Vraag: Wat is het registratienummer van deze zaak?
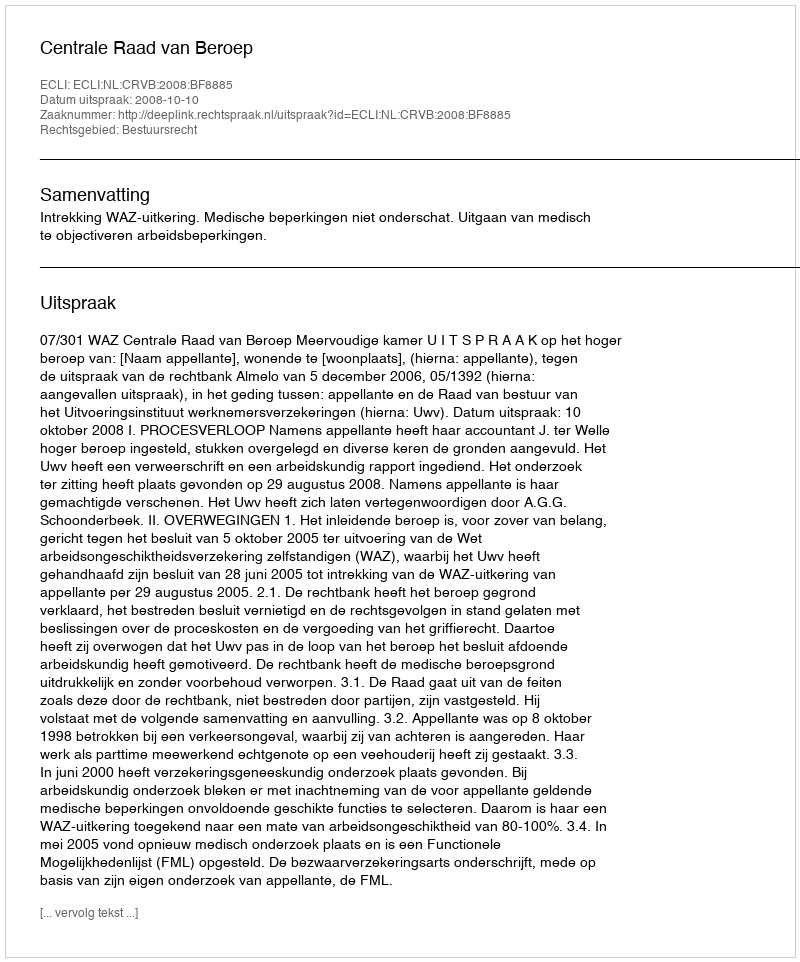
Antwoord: http://deeplink.rechtspraak.nl/uitspraak?id=ECLI:NL:CRVB:2008:BF8885